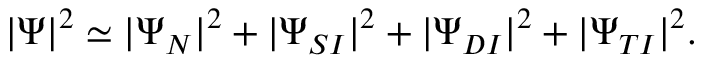
| \Psi | ^ { 2 } \simeq | \Psi _ { N } | ^ { 2 } + | \Psi _ { S I } | ^ { 2 } + | \Psi _ { D I } | ^ { 2 } + | \Psi _ { T I } | ^ { 2 } .